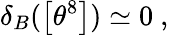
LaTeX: \delta_{B}(\left[\theta^{8}\right])\simeq 0~,